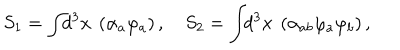
LaTeX: S _ { 1 } = \int \! \! d ^ { 3 } x ~ \left( \alpha _ { a } \varphi _ { a } \right) , \quad S _ { 2 } = \int \! \! d ^ { 3 } x ~ \left( \alpha _ { a b } \varphi _ { a } \varphi _ { b } \right) ,